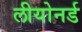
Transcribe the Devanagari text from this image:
लीयोनर्ड